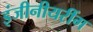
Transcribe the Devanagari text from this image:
इंजीनीयरींग